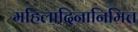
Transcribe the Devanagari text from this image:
महिलादिनानिमित्त